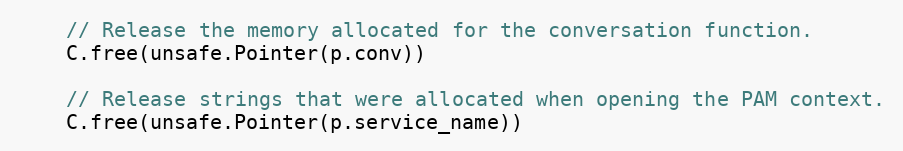
Language: Go
	// Release the memory allocated for the conversation function.
	C.free(unsafe.Pointer(p.conv))

	// Release strings that were allocated when opening the PAM context.
	C.free(unsafe.Pointer(p.service_name))